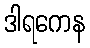
ဒါရကေန